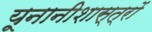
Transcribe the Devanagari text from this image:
यूनानीशास्त्रों